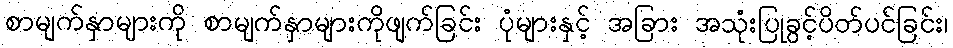
စာမျက်နှာများကို စာမျက်နှာများကိုဖျက်ခြင်း ပုံများနှင့် အခြား အသုံးပြုခွင့်ပိတ်ပင်ခြင်း၊